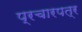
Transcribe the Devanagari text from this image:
प्रचारपत्र